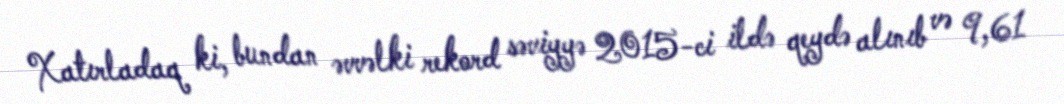
Xatırladaq ki, bundan əvvəlki rekord səviyyə 2015-ci ildə qeydə alınıb və 9,61